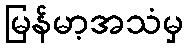
မြန်မာ့အသံမှ